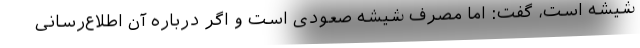
شیشه است، گفت: اما مصرف شیشه صعودی است و اگر درباره آن اطلاع‌رسانی